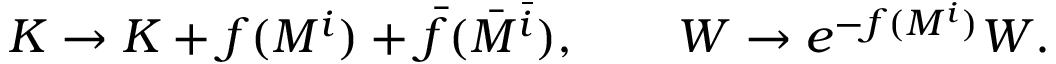
K \rightarrow K + f ( M ^ { i } ) + \bar { f } ( \bar { M } ^ { \bar { i } } ) , \qquad W \rightarrow e ^ { - f ( M ^ { i } ) } W .